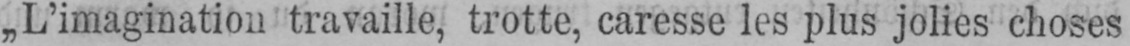
„L’imagination travaille, trotte, caresse les plus jolies choses